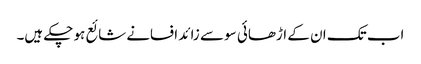
اب تک ان کے اڑھائی سو سے زائد افسانے شائع ہو چکے ہیں۔